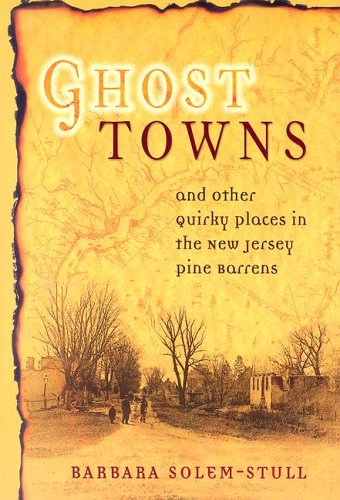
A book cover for Ghost Towns And Other Quirky Places in the New Jersey Pine Barrens; Barbara Solem-Stull; Travel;